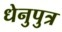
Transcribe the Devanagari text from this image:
धेनुपुत्र